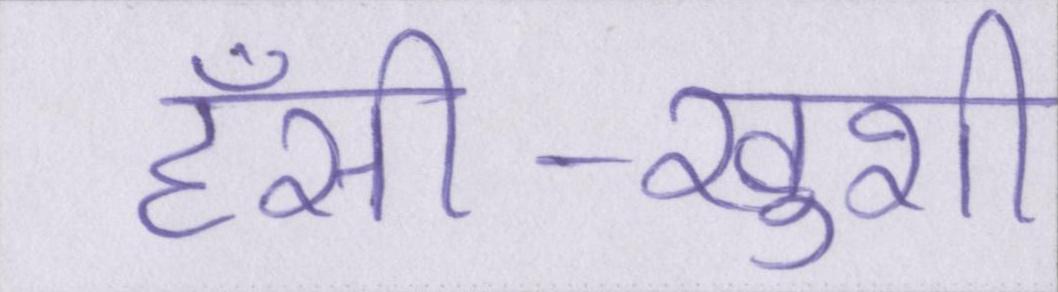
हँसी-खुशी